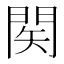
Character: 𨴊